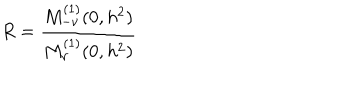
R = \frac { M _ { - \nu } ^ { ( 1 ) } ( 0 , h ^ { 2 } ) } { M _ { \nu } ^ { ( 1 ) } ( 0 , h ^ { 2 } ) }